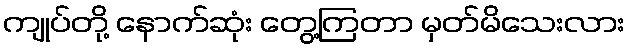
ကျုပ်တို့ နောက်ဆုံး တွေ့ကြတာ မှတ်မိသေးလား